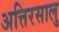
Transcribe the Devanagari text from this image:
अत्तिरसालु